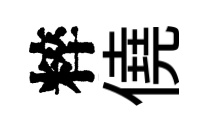
粹僥